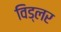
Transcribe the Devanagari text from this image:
विड्लर